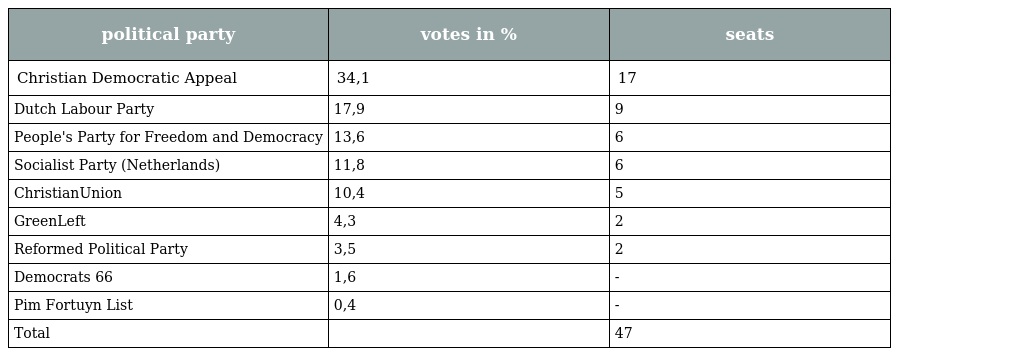
| political party | votes in % | seats |
 | --- | --- | --- |
 | Christian Democratic Appeal | 34,1 | 17 |
 | Dutch Labour Party | 17,9 | 9 |
 | People's Party for Freedom and Democracy | 13,6 | 6 |
 | Socialist Party (Netherlands) | 11,8 | 6 |
 | ChristianUnion | 10,4 | 5 |
 | GreenLeft | 4,3 | 2 |
 | Reformed Political Party | 3,5 | 2 |
 | Democrats 66 | 1,6 | - |
 | Pim Fortuyn List | 0,4 | - |
 | Total |  | 47 |